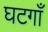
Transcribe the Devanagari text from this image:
घटगाँ